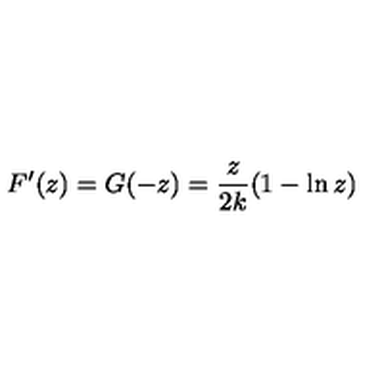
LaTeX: F ^ { \prime } ( z ) = G ( - z ) = { \frac { z } { 2 k } } ( 1 - \ln z )